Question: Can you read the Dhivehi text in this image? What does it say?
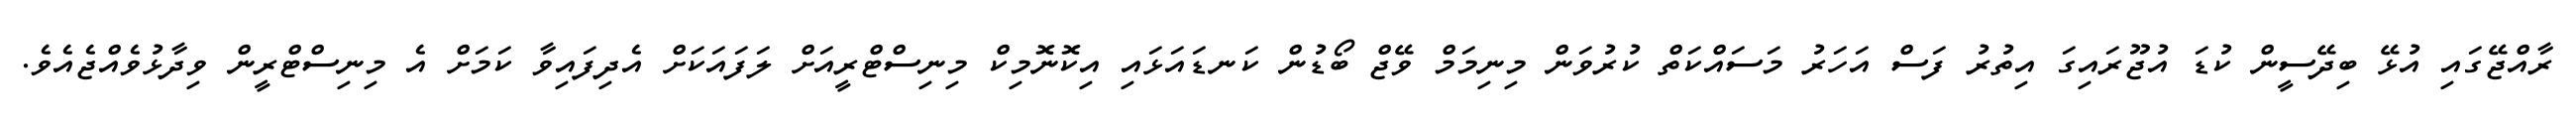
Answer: ރާއްޖޭގައި އުޅޭ ބިދޭސީން ކުޑަ އުޖޫރައިގަ އިތުރު ފަސް އަހަރު މަސައްކަތް ކުރުވަން މިނިމަމް ވޭޖް ބޯޑުން ކަނޑައަޅައި އިކޮނޮމިކް މިނިސްޓްރީއަށް ލަފައަކަށް އެދިފައިވާ ކަމަށް އެ މިނިސްޓްރީން ވިދާޅުވެއްޖެއެވެ.